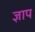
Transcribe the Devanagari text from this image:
ज्ञाप